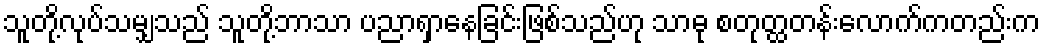
သူတို့လုပ်သမျှသည် သူတို့ဘာသာ ပညာရှာနေခြင်းဖြစ်သည်ဟု သာဓု စတုတ္ထတန်းလောက်ကတည်းက